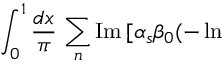
\int _ { 0 } ^ { 1 } { \frac { d x } { \pi } } \, \sum _ { n } \mathrm { I m } \, [ \alpha _ { s } \beta _ { 0 } ( - \ln